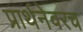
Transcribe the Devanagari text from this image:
प्रार्थनेवरच